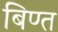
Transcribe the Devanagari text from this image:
बिण्त